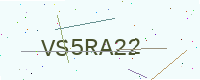
Text: VS5RA22